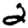
Digit: 2